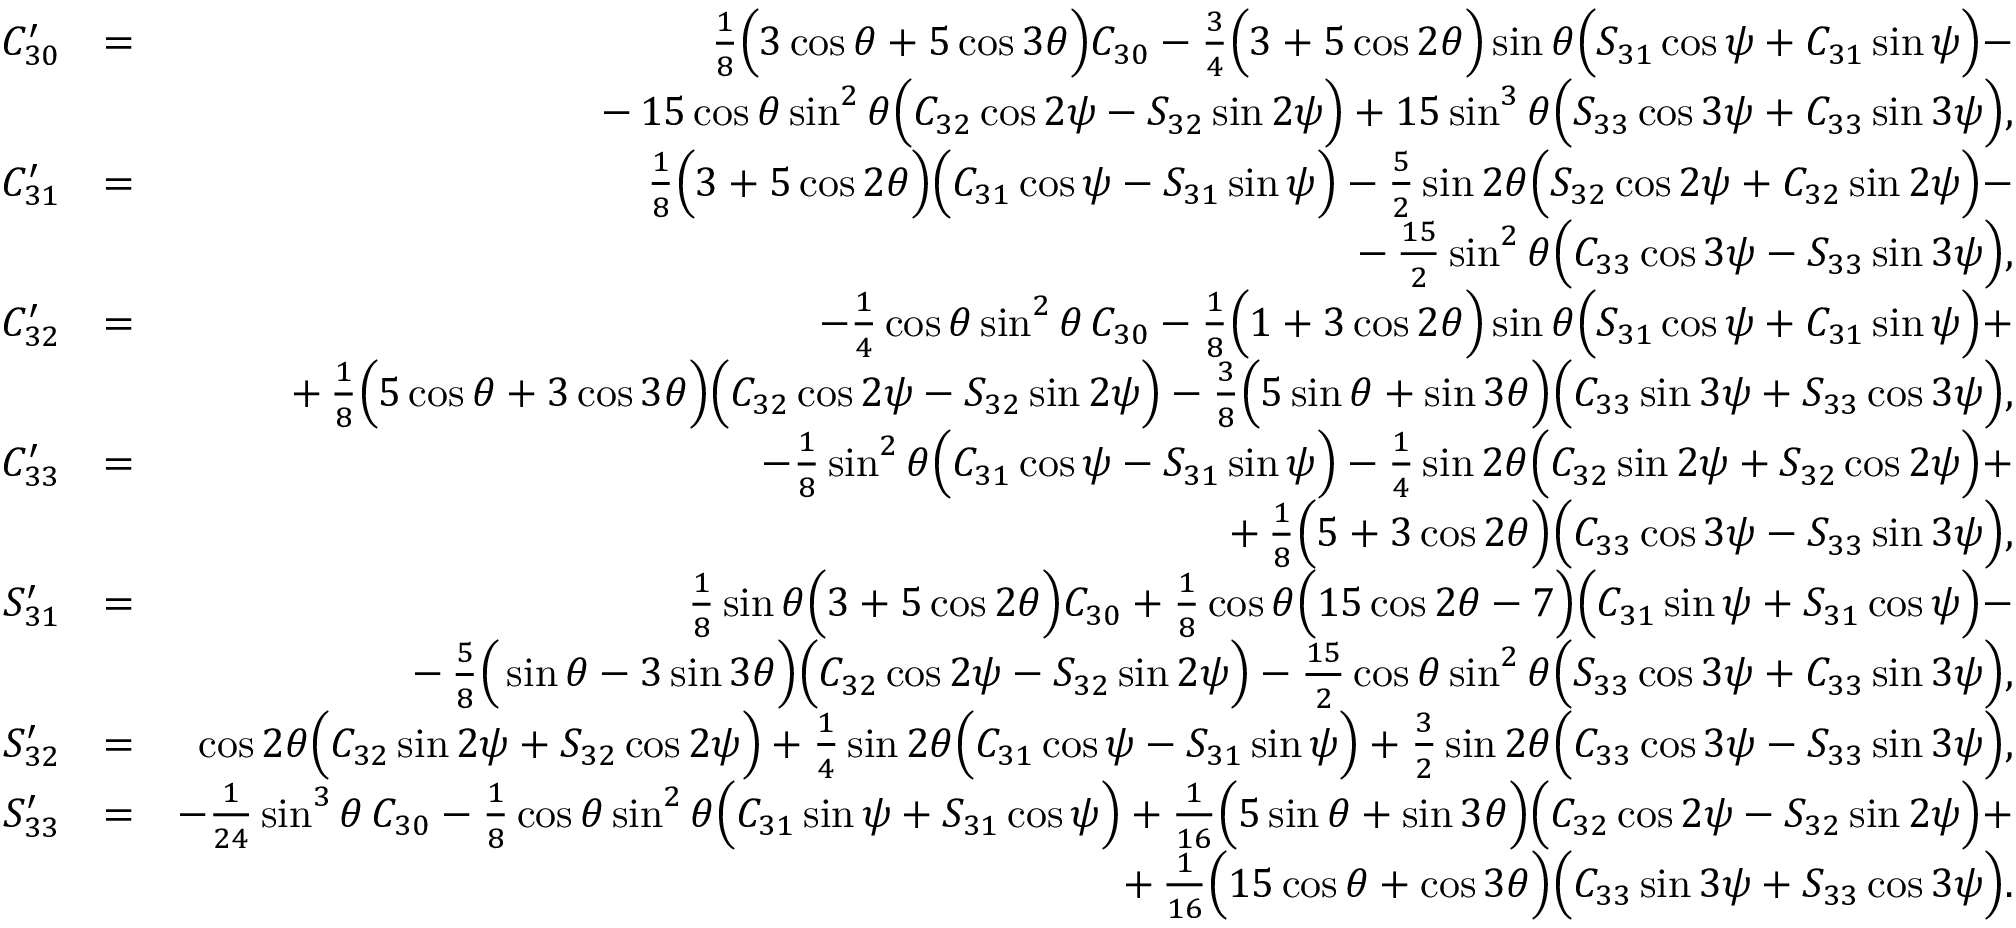
\begin{array} { r l r } { C _ { 3 0 } ^ { \prime } } & { = } & { { \textstyle \frac { 1 } { 8 } } \Big ( 3 \cos \theta + 5 \cos 3 \theta \Big ) C _ { 3 0 } - { \textstyle \frac { 3 } { 4 } } \Big ( 3 + 5 \cos 2 \theta \Big ) \sin \theta \Big ( S _ { 3 1 } \cos \psi + C _ { 3 1 } \sin \psi \Big ) - } \\ & { } & { - \, 1 5 \cos \theta \sin ^ { 2 } \theta \Big ( C _ { 3 2 } \cos 2 \psi - S _ { 3 2 } \sin 2 \psi \Big ) + 1 5 \sin ^ { 3 } \theta \Big ( S _ { 3 3 } \cos 3 \psi + C _ { 3 3 } \sin 3 \psi \Big ) , } \\ { C _ { 3 1 } ^ { \prime } } & { = } & { { \textstyle \frac { 1 } { 8 } } \Big ( 3 + 5 \cos 2 \theta \Big ) \Big ( C _ { 3 1 } \cos \psi - S _ { 3 1 } \sin \psi \Big ) - { \textstyle \frac { 5 } { 2 } } \sin 2 \theta \Big ( S _ { 3 2 } \cos 2 \psi + C _ { 3 2 } \sin 2 \psi \Big ) - } \\ & { } & { - \, { \textstyle \frac { 1 5 } { 2 } } \sin ^ { 2 } \theta \Big ( C _ { 3 3 } \cos 3 \psi - S _ { 3 3 } \sin 3 \psi \Big ) , } \\ { C _ { 3 2 } ^ { \prime } } & { = } & { - { \textstyle \frac { 1 } { 4 } } \cos \theta \sin ^ { 2 } \theta \, C _ { 3 0 } - { \textstyle \frac { 1 } { 8 } } \Big ( 1 + 3 \cos 2 \theta \Big ) \sin \theta \Big ( S _ { 3 1 } \cos \psi + C _ { 3 1 } \sin \psi \Big ) + } \\ & { } & { + \, { \textstyle \frac { 1 } { 8 } } \Big ( 5 \cos \theta + 3 \cos 3 \theta \Big ) \Big ( C _ { 3 2 } \cos 2 \psi - S _ { 3 2 } \sin 2 \psi \Big ) - { \textstyle \frac { 3 } { 8 } } \Big ( 5 \sin \theta + \sin 3 \theta \Big ) \Big ( C _ { 3 3 } \sin 3 \psi + S _ { 3 3 } \cos 3 \psi \Big ) , } \\ { C _ { 3 3 } ^ { \prime } } & { = } & { - { \textstyle \frac { 1 } { 8 } } \sin ^ { 2 } \theta \Big ( C _ { 3 1 } \cos \psi - S _ { 3 1 } \sin \psi \Big ) - { \textstyle \frac { 1 } { 4 } } \sin 2 \theta \Big ( C _ { 3 2 } \sin 2 \psi + S _ { 3 2 } \cos 2 \psi \Big ) + } \\ & { } & { + \, { \textstyle \frac { 1 } { 8 } } \Big ( 5 + 3 \cos 2 \theta \Big ) \Big ( C _ { 3 3 } \cos 3 \psi - S _ { 3 3 } \sin 3 \psi \Big ) , } \\ { S _ { 3 1 } ^ { \prime } } & { = } & { { \textstyle \frac { 1 } { 8 } } \sin \theta \Big ( 3 + 5 \cos 2 \theta \Big ) C _ { 3 0 } + { \textstyle \frac { 1 } { 8 } } \cos \theta \Big ( 1 5 \cos 2 \theta - 7 \Big ) \Big ( C _ { 3 1 } \sin \psi + S _ { 3 1 } \cos \psi \Big ) - } \\ & { } & { - \, { \textstyle \frac { 5 } { 8 } } \Big ( \sin \theta - 3 \sin 3 \theta \Big ) \Big ( C _ { 3 2 } \cos 2 \psi - S _ { 3 2 } \sin 2 \psi \Big ) - { \textstyle \frac { 1 5 } { 2 } } \cos \theta \sin ^ { 2 } \theta \Big ( S _ { 3 3 } \cos 3 \psi + C _ { 3 3 } \sin 3 \psi \Big ) , } \\ { S _ { 3 2 } ^ { \prime } } & { = } & { \cos 2 \theta \Big ( C _ { 3 2 } \sin 2 \psi + S _ { 3 2 } \cos 2 \psi \Big ) + { \textstyle \frac { 1 } { 4 } } \sin 2 \theta \Big ( C _ { 3 1 } \cos \psi - S _ { 3 1 } \sin \psi \Big ) + { \textstyle \frac { 3 } { 2 } } \sin 2 \theta \Big ( C _ { 3 3 } \cos 3 \psi - S _ { 3 3 } \sin 3 \psi \Big ) , } \\ { S _ { 3 3 } ^ { \prime } } & { = } & { - { \textstyle \frac { 1 } { 2 4 } } \sin ^ { 3 } \theta \, C _ { 3 0 } - { \textstyle \frac { 1 } { 8 } } \cos \theta \sin ^ { 2 } \theta \Big ( C _ { 3 1 } \sin \psi + S _ { 3 1 } \cos \psi \Big ) + { \textstyle \frac { 1 } { 1 6 } } \Big ( 5 \sin \theta + \sin 3 \theta \Big ) \Big ( C _ { 3 2 } \cos 2 \psi - S _ { 3 2 } \sin 2 \psi \Big ) + } \\ & { } & { + \, { \textstyle \frac { 1 } { 1 6 } } \Big ( 1 5 \cos \theta + \cos 3 \theta \Big ) \Big ( C _ { 3 3 } \sin 3 \psi + S _ { 3 3 } \cos 3 \psi \Big ) . } \end{array}